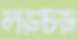
লড়চড়